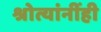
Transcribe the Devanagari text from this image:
श्रोत्यांनींही